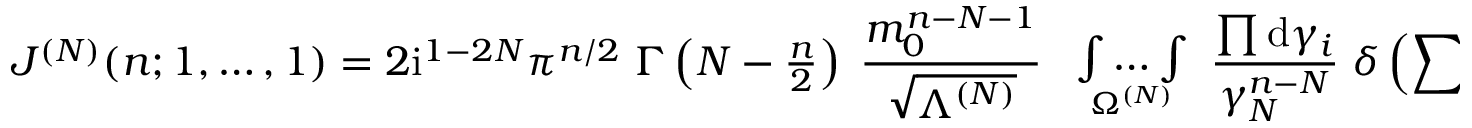
J ^ { ( N ) } ( n ; 1 , \ldots , 1 ) = 2 \mathrm { i } ^ { 1 - 2 N } \pi ^ { n / 2 } \; \Gamma \left( N - { \textstyle { \frac { n } { 2 } } } \right) \; \frac { m _ { 0 } ^ { n - N - 1 } } { \sqrt { \Lambda ^ { ( N ) } } } \; \begin{array} { c } { { { } } } \\ { { \int \ldots \int } } \\ { { { } ^ { \Omega ^ { ( N ) } } } } \end{array} \frac { \prod \mathrm { d } \gamma _ { i } } { \gamma _ { N } ^ { n - N } } \; \delta \left( \sum \gamma _ { i } ^ { 2 } - 1 \right) ,